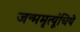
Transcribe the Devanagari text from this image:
जन्ममृत्यूंचिये